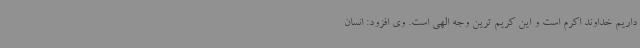
داریم خداوند اکرم است و این کریم ترین وجه الهی است. وی افزود: انسان